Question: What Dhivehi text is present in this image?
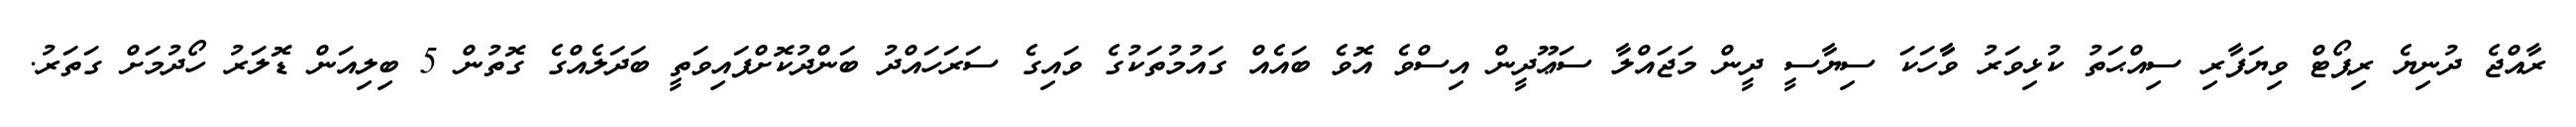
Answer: ރާއްޖެ ދުނިޔެ ރިޕޯޓް ވިޔަފާރި ސިއްޙަތު ކުޅިވަރު ވާާހަކަ ސިޔާސީ ދީން މަޖައްލާ ސަޢޫދީން އިސްވެ އޮވެ ބައެއް ގައުމުތަކުގެ ވައިގެ ސަރަހައްދު ބަންދުކޮށްފައިވަތީ ބަދަލެއްގެ ގޮތުން 5 ބިލިއަން ޑޮލަރު ހޯދުމަށް ގަތަރު.